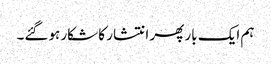
ہم ایک بار پھر انتشار کا شکار ہوگئے۔